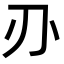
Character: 刅